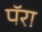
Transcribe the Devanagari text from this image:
पॅरा